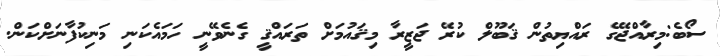
ސޯބެ:މިރާއްޖޭގެ ރައްޔިތުން ޤަބޫލް ކުރޭ ޖަޒީރާ މިޤައުމަށް ތަރައްޤީ ގެނެވޭނީ ހަމައެކަނި މަނިކުފާނަށްކަން.